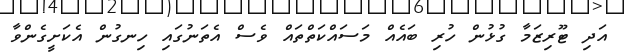
އަދި ޓޫރިޒަމާ ގުޅުން ހުރި ބައެއް މަސައްކަތްތައް ވެސް އެތަނުގައި ހިނގުން އެކަށީގެންވާ